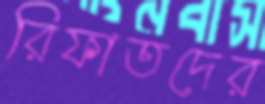
রিফাতদের